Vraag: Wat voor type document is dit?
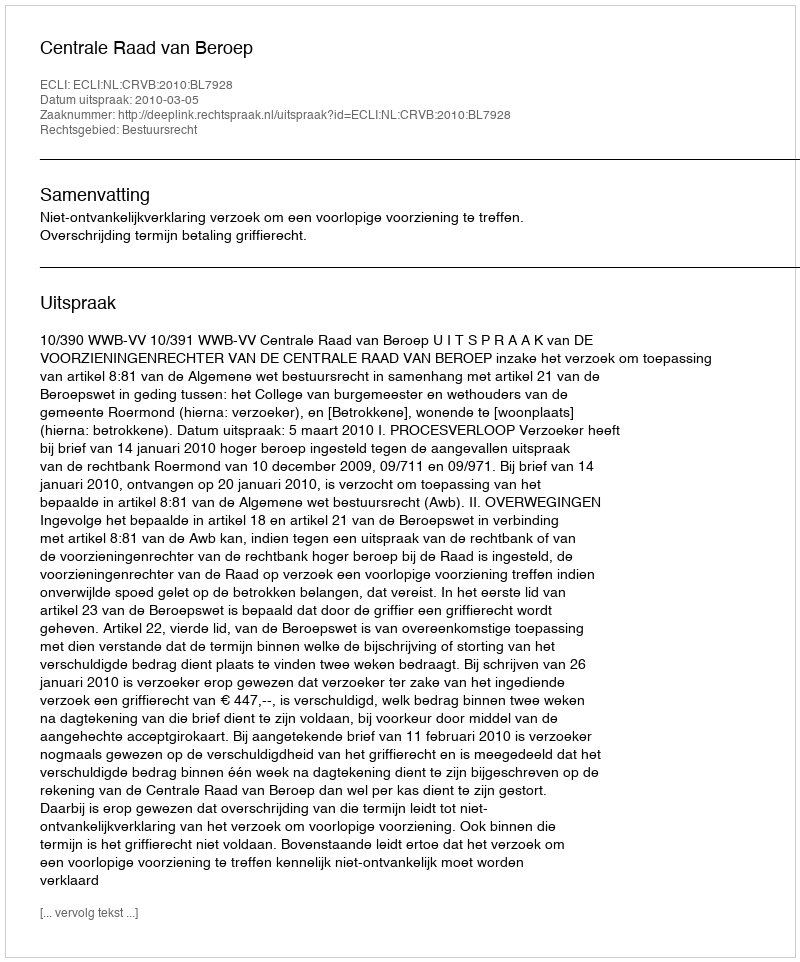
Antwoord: Uitspraak